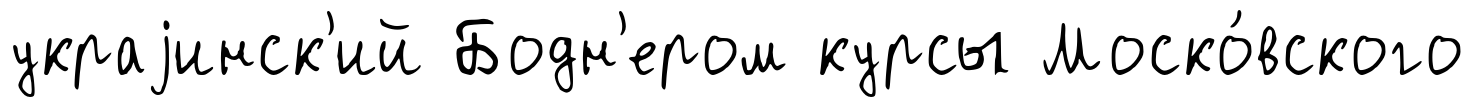
украjинск'ий Бодн'ером курсы Моско́вского